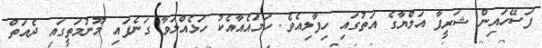
ފަސޭހައިން ޝަރީފާ އަލްޔާގެ އަތުގައި ހިފާލިއެވެ. ހަމައެއާއެކު ހަޅެއްލަވާ ގަނެފައި މޫނުމަތީގައި ދެއަތް